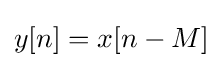
y[n]=x[n-M]